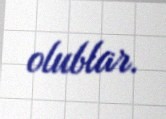
olublar.